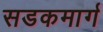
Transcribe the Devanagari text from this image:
सडकमार्ग